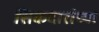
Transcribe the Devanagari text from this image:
सिकदारांच्या